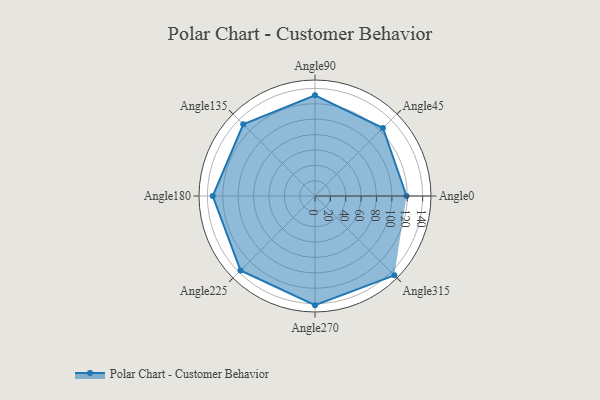
{"axis": {"x": "Angle", "y": "Radius"}, "legend": [""], "data": [{"x": "Angle0", "y": 119.0, "type": ""}, {"x": "Angle45", "y": 125.0, "type": ""}, {"x": "Angle90", "y": 131.0, "type": ""}, {"x": "Angle135", "y": 132.0, "type": ""}, {"x": "Angle180", "y": 133.0, "type": ""}, {"x": "Angle225", "y": 137.0, "type": ""}, {"x": "Angle270", "y": 142.0, "type": ""}, {"x": "Angle315", "y": 146.0, "type": ""}]}